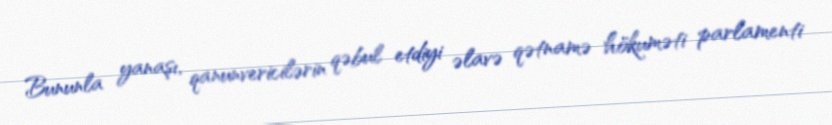
Bununla yanaşı, qanunvericilərin qəbul etdiyi əlavə qətnamə hökuməti parlamenti